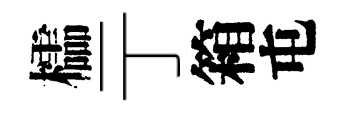
櫺亍箱屯